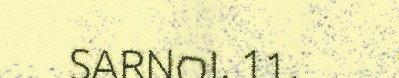
SARNOI. 11.